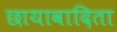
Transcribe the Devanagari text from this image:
छायावादिता